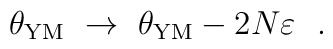
\theta_{\rm YM} ~\to~\theta_{\rm YM} - 2N\varepsilon~~.